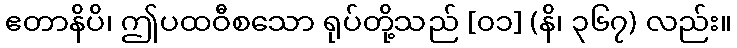
ဧတာနိပိ၊ ဤပထဝီစသော ရုပ်တို့သည် [၀၁] (နိ၊ ၃၆၇) လည်း။